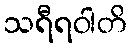
သရီရဝါတိ